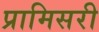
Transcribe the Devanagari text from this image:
प्रामिसरी